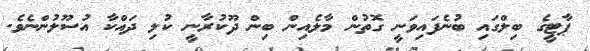
ޕާޓީގެ ބިލްގައި ބުނެފައިވަނީ ގޮތުން މާލެއިން ބިން ދޫކުރާނީ ކުލި ދައްކާ އުސޫލުންނެވެ.